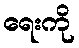
ရေးကို